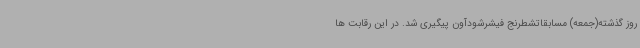
روز گذشته(جمعه) مسابقاتشطرنج فیشرشودآون پیگیری شد. در این رقابت ها